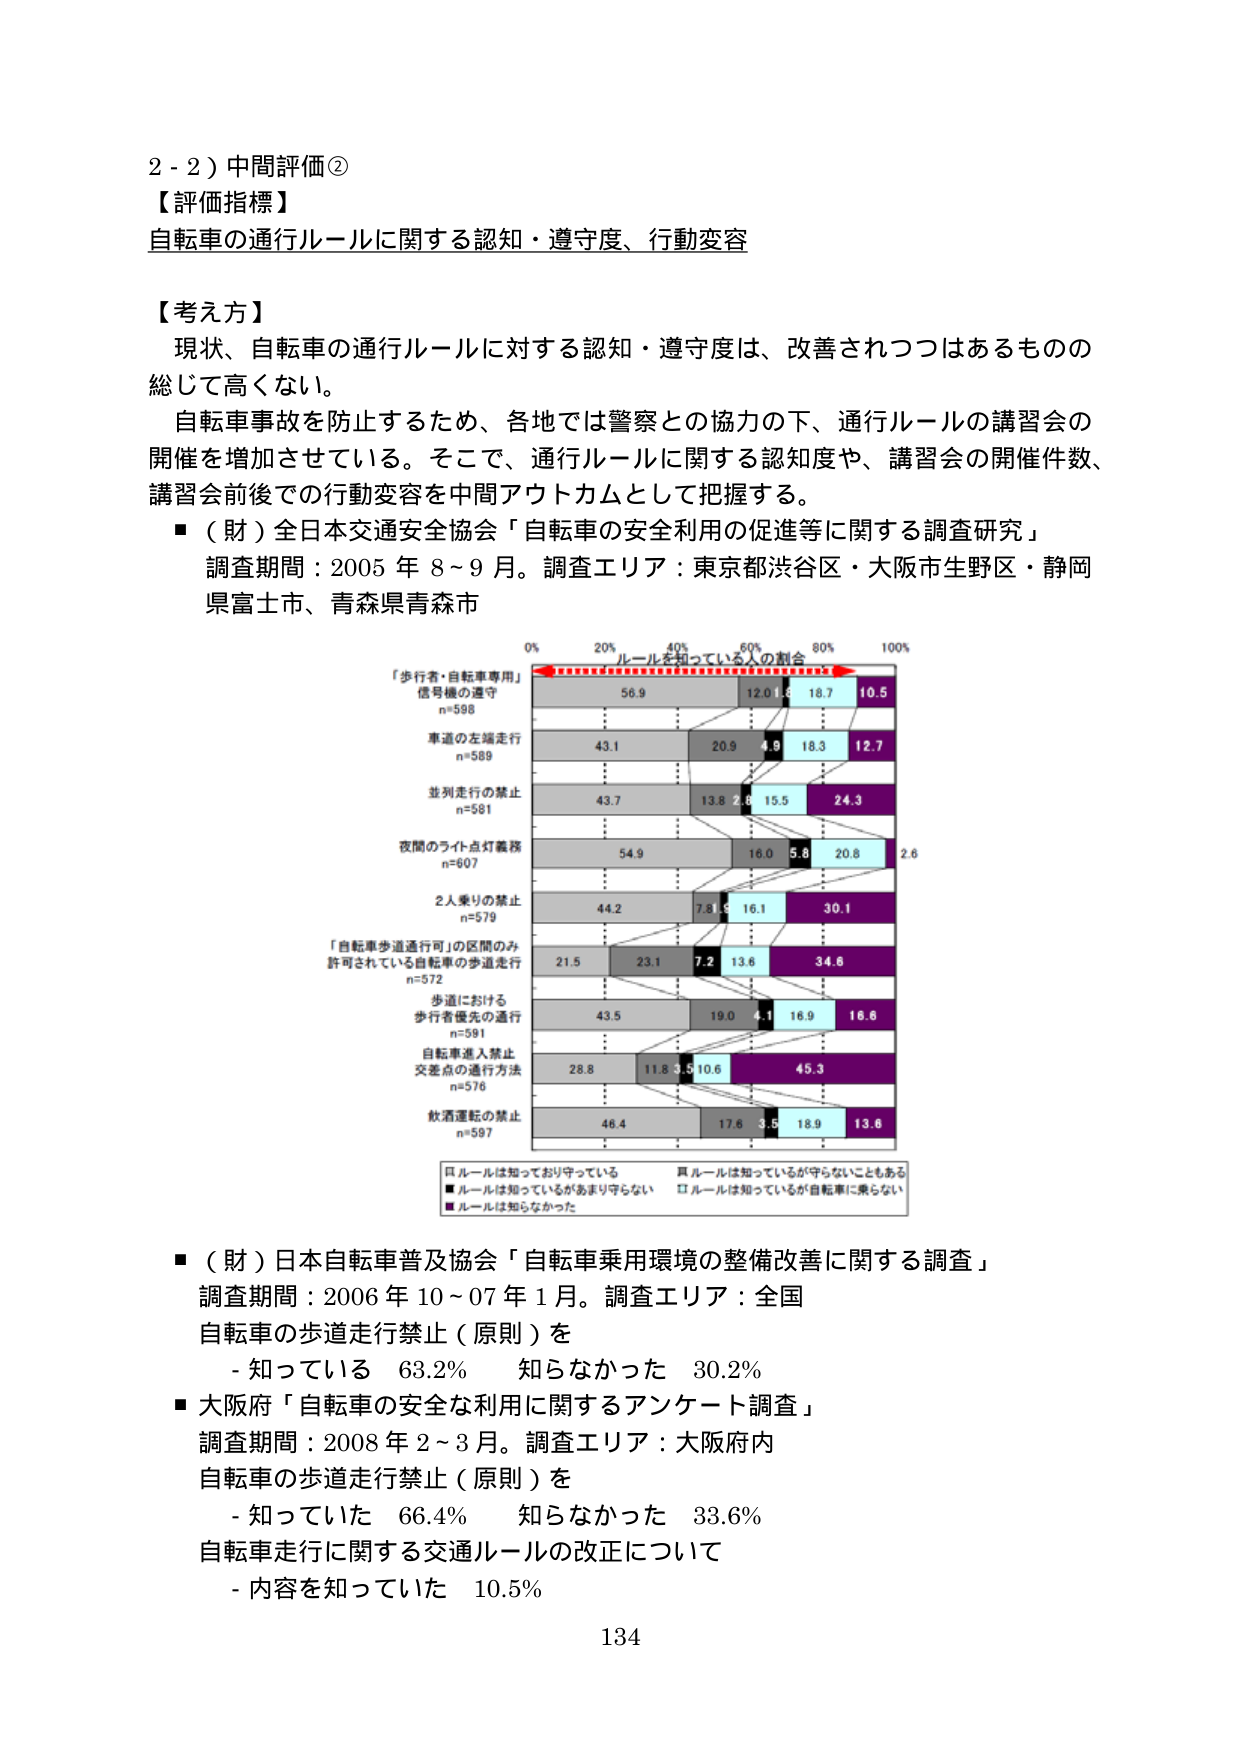
2 - 2）中間評価②
【評価指標】
自転車の通行ルールに関する認知・遵守度、行動変容

【考え方】
現状、自転車の通行ルールに対する認知・遵守度は、改善されつつはあるものの
総じて高くない。
自転車事故を防止するため、各地では警察との協力の下、通行ルールの講習会の
開催を増加させている。そこで、通行ルールに関する認知度や、講習会の開催件数、
講習会前後での行動変容を中間アウトカムとして把握する。

■（財）全日本交通安全協会「自転車の安全利用の促進等に関する調査研究」
調査期間：2005年8～9月。調査エリア：東京都渋谷区・大阪市生野区・静岡県富士市、青森県青森市

0% 20% 40% 60% 80% 100%
ルールを知っている人の割合

「歩行者・自転車専用」
信号機の遵守
n=598
56.9 12.0 1.6 18.7 10.5

車道の左端走行
n=589
43.1 20.9 4.9 18.3 12.7

並列走行の禁止
n=581
43.7 13.8 2.6 15.5 24.3

夜間のライト点灯義務
n=607
54.9 16.0 5.8 20.8 2.6

2人乗りの禁止
n=579
44.2 7.8 5 16.1 30.1

「自転車歩道通行可」の区間のみ
許可されている自転車の歩道走行
n=572
21.5 23.1 7.2 13.6 34.6

歩道における
歩行者優先の通行
n=591
43.5 19.0 4.1 16.9 16.8

自転車進入禁止
交差点の通行方法
n=576
28.8 11.8 3.5 10.6 45.3

飲酒運転の禁止
n=597
46.4 17.6 3.5 18.9 13.6

■ルールは知っており守っている
■ルールは知っているがあまり守らない
■ルールは知らなかった
□ルールは知っているが守らないこともある
□ルールは知っているが自転車に乗らない

■（財）日本自転車普及協会「自転車乗用環境の整備改善に関する調査」
調査期間：2006年10～07年1月。調査エリア：全国
自転車の歩道走行禁止（原則）を
- 知っている 63.2% 知らなかった 30.2%

■大阪府「自転車の安全な利用に関するアンケート調査」
調査期間：2008年2～3月。調査エリア：大阪府内
自転車の歩道走行禁止（原則）を
- 知っていた 66.4% 知らなかった 33.6%
自転車走行に関する交通ルールの改正について
- 内容を知っていた 10.5%

134